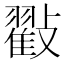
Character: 㪬